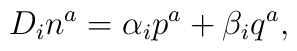
D_{i}n^{a}=\alpha_{i}p^{a}+\beta_{i}q^{a},